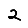
Digit: 2